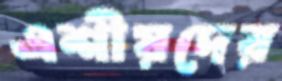
এশীয়দের